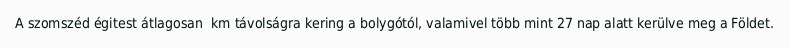
A szomszéd égitest átlagosan  km távolságra kering a bolygótól, valamivel több mint 27 nap alatt kerülve meg a Földet.